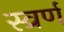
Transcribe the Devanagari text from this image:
स्व्रर्ण